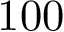
1 0 0